Insane asylums Bombay 1873-77 - 1873-1877
Year: 1873
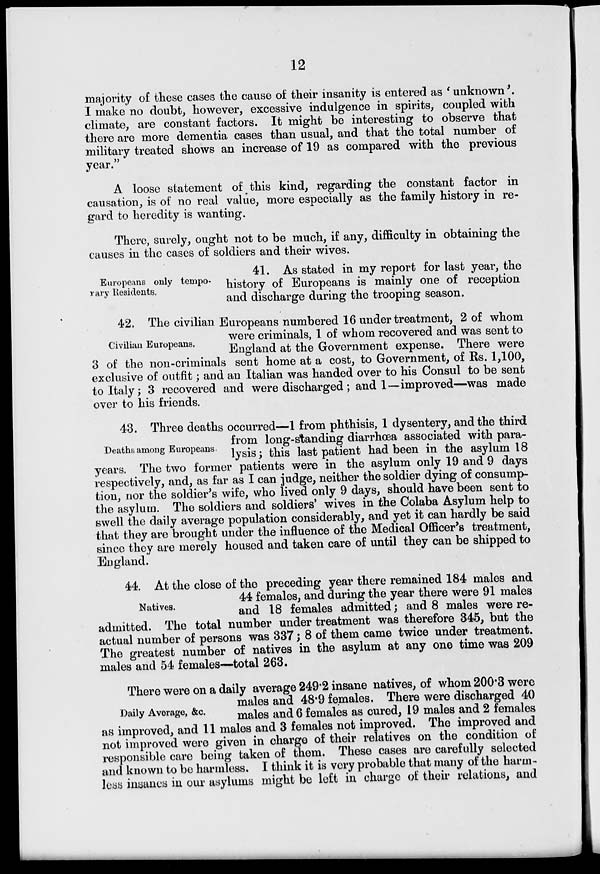
12
majority of these cases the cause of their insanity is entered as 'unknown'.
I make no doubt, however, excessive indulgence in spirits, coupled with
climate, are constant factors. It might be interesting to observe that
there are more dementia cases than usual, and that the total number of
military treated shows an increase of 19 as compared with the previous
year."
A loose statement of this kind, regarding the constant factor in
causation, is of no real value, more especially as the family history in re-
gard to heredity is wanting.
There, surely, ought not to be much, if any, difficulty in obtaining the
causes in the cases of soldiers and their wives.
Europeans only tempo-
rary Residents.
41. As stated in my report for last year, the
history of Europeans is mainly one of reception
and discharge during the trooping season.
Civilian Europeans.
42. The civilian Europeans numbered 16 under treatment, 2 of whom
were criminals, 1 of whom recovered and was sent to
England at the Government expense. There were
3 of the non-criminals sent home at a cost, to Government, of Rs. 1,100,
exclusive of outfit ; and an Italian was handed over to his Consul to be sent
to Italy; 3 recovered and were discharged ; and 1—improved—was made
over to his friends.
Deaths among Europeans.
43. Three deaths occurred—1 from phthisis, 1 dysentery, and the third
from long-standing diarrhœa associated with para-
lysis; this last patient had been in the asylum 18
years. The two former patients were in the asylum only 19 and 9 days
respectively, and, as far as I can judge, neither the soldier dying of consump-
tion, nor the soldier's wife, who lived only 9 days, should have been sent to
the asylum. The soldiers and soldiers' wives in the Colaba Asylum help to
swell the daily average population considerably, and yet it can hardly be said
that they are brought under the influence of the Medical Officer's treatment,
since they are merely housed and taken care of until they can be shipped to
England.
Natives.
44. At the close of the preceding year there remained 184 males and
44 females, and during the year there were 91 males
and 18 females admitted; and 8 males were re-
admitted. The total number under treatment was therefore 345, but the
actual number of persons was 337; 8 of them came twice under treatment.
The greatest number of natives in the asylum at any one time was 209
males and 54 females—total 263.
Daily Average, &c.
There were on a daily average 249.2 insane natives, of whom 200.3 were
males and 48.9 females. There were discharged 40
males and 6 females as cured, 19 males and 2 females
as improved, and 11 males and 3 females not improved. The improved and
not improved were given in charge of their relatives on the condition of
responsible care being taken of them. These cases are carefully selected
and known to be harmless. I think it is very probable that many of the harm-
less insanes in our asylums might be left in charge of their relations, and